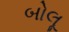
બોલૂ